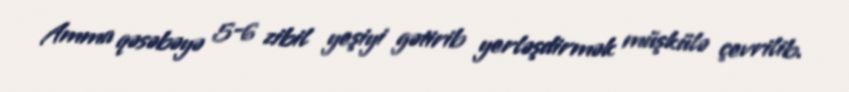
Amma qəsəbəyə 5-6 zibil yeşiyi gətirib yerləşdirmək müşkülə çevrilib.